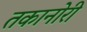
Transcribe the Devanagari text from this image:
तकानोरी